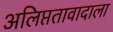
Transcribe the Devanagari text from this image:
अलिप्ततावादाला